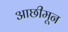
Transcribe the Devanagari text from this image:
आछीमून